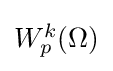
\textstyle W_{p}^{k}(\Omega )